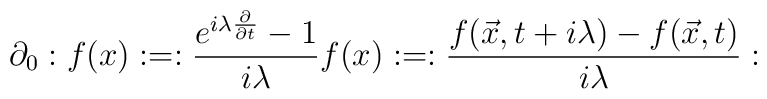
\partial_{0}:f(x):=:\frac{e^{i\lambda {\partial \over \partial t}}-1}{i\lambda }f(x):=:\frac{f(\vec{x},t+i\lambda )-f(\vec{x},t)}{i\lambda }: